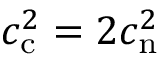
c _ { \mathrm { c } } ^ { 2 } = 2 c _ { \mathrm { n } } ^ { 2 }